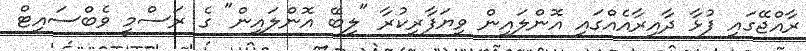
ރާއްޖޭގައި ފުޅާ ދާއިރާއެއްގައި އޮންލައިން ވިޔަފާރިކުރާ "ލިބޭ އޮންލައިން" ގެ ރަސްމީ ވެބްސައިޓް